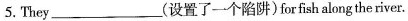
5.They___(设置了一个陷阱)forfish along the river.